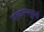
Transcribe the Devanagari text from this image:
प्रच्छन्नगुप्तं